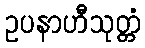
ဥပနာဟီသုတ္တံ